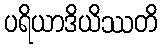
ပရိယာဒိယိဿတိ